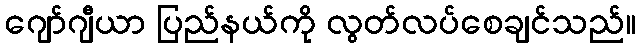
ဂျော်ဂျီယာ ပြည်နယ်ကို လွတ်လပ်စေချင်သည်။